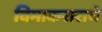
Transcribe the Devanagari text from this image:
विमाकराराचे